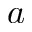
a